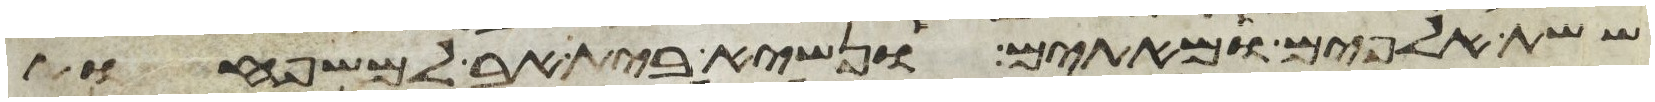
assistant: ששת אלפים ומאתים ונשיא בית אב למשפחות